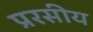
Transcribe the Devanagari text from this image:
प्ररसीय